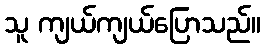
သူ ကျယ်ကျယ်ပြောသည်။